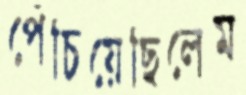
পেঁচিয়েছিলেম